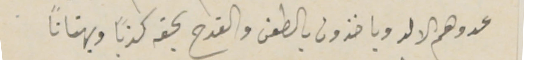
عدوهم الالد وياخذون بالطعن والقدح بحقه كذبًا وبهتانًا